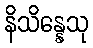
နိသိန္နေသု